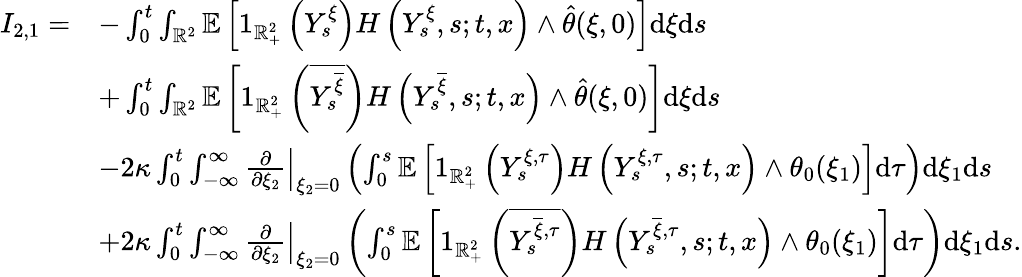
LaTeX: \begin{array}{rl}{I_{2,1}=}&{-\int_{0}^{t}\int_{\mathbb{R}^{2}}\mathbb{E}\left[1_{\mathbb{R}_{+}^{2}}\left(Y_{s}^{\xi}\right)H\left(Y_{s}^{\xi},s;t,x\right)\wedge\hat{\theta}(\xi,0)\right]\mathrm{d}\xi\mathrm{d}s}\\ &{+\int_{0}^{t}\int_{\mathbb{R}^{2}}\mathbb{E}\left[1_{\mathbb{R}_{+}^{2}}\left(\overline{{Y_{s}^{\overline{{\xi}}}}}\right)H\left(Y_{s}^{\overline{{\xi}}},s;t,x\right)\wedge\hat{\theta}(\xi,0)\right]\mathrm{d}\xi\mathrm{d}s}\\ &{-2\kappa\int_{0}^{t}\int_{-\infty}^{\infty}\left.\frac{\partial}{\partial\xi_{2}}\right|_{\xi_{2}=0}\left(\int_{0}^{s}\mathbb{E}\left[1_{\mathbb{R}_{+}^{2}}\left(Y_{s}^{\xi,\tau}\right)H\left(Y_{s}^{\xi,\tau},s;t,x\right)\wedge\theta_{0}(\xi_{1})\right]\mathrm{d}\tau\right)\mathrm{d}\xi_{1}\mathrm{d}s}\\ &{+2\kappa\int_{0}^{t}\int_{-\infty}^{\infty}\left.\frac{\partial}{\partial\xi_{2}}\right|_{\xi_{2}=0}\left(\int_{0}^{s}\mathbb{E}\left[1_{\mathbb{R}_{+}^{2}}\left(\overline{{Y_{s}^{\overline{{\xi}},\tau}}}\right)H\left(Y_{s}^{\overline{{\xi}},\tau},s;t,x\right)\wedge\theta_{0}(\xi_{1})\right]\mathrm{d}\tau\right)\mathrm{d}\xi_{1}\mathrm{d}s.}\end{array}